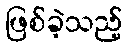
ဖြစ်ခဲ့သည့်